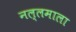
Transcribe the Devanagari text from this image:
नल्लमाला